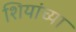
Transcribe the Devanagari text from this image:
शियांच्या